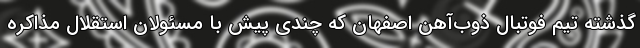
گذشته تیم فوتبال ذوب‌آهن اصفهان که چندی پیش با مسئولان استقلال مذاکره